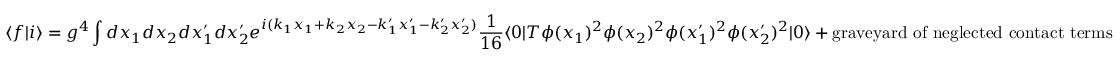
\langle f | i \rangle = g ^ { 4 } \int d x _ { 1 } d x _ { 2 } d x _ { 1 } ^ { \prime } d x _ { 2 } ^ { \prime } e ^ { i ( k _ { 1 } x _ { 1 } + k _ { 2 } x _ { 2 } - k _ { 1 } ^ { \prime } x _ { 1 } ^ { \prime } - k _ { 2 } ^ { \prime } x _ { 2 } ^ { \prime } ) } \frac { 1 } { 1 6 } \langle 0 | T \phi ( x _ { 1 } ) ^ { 2 } \phi ( x _ { 2 } ) ^ { 2 } \phi ( x _ { 1 } ^ { \prime } ) ^ { 2 } \phi ( x _ { 2 } ^ { \prime } ) ^ { 2 } | 0 \rangle + \mathrm { g r a v e y a r d ~ o f ~ n e g l e c t e d ~ c o n t a c t ~ t e r m s }